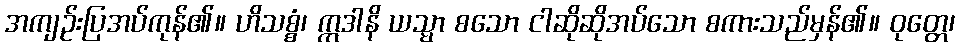
အကျဉ်းပြအပ်ကုန်၏။ ဟိသစ္စံ၊ ဣဒါနိ ယသ္မာ စသော ငါဆိုဆိုအပ်သော စကားသည်မှန်၏။ ဝုတ္တေ၊